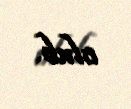
olub.